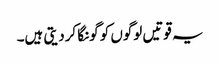
یہ قوتیں لوگوں کو گونگا کردیتی ہیں۔